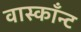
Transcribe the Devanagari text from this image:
वास्काँन्ट